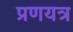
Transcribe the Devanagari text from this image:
प्रणयत्र